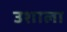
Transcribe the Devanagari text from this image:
उशाला